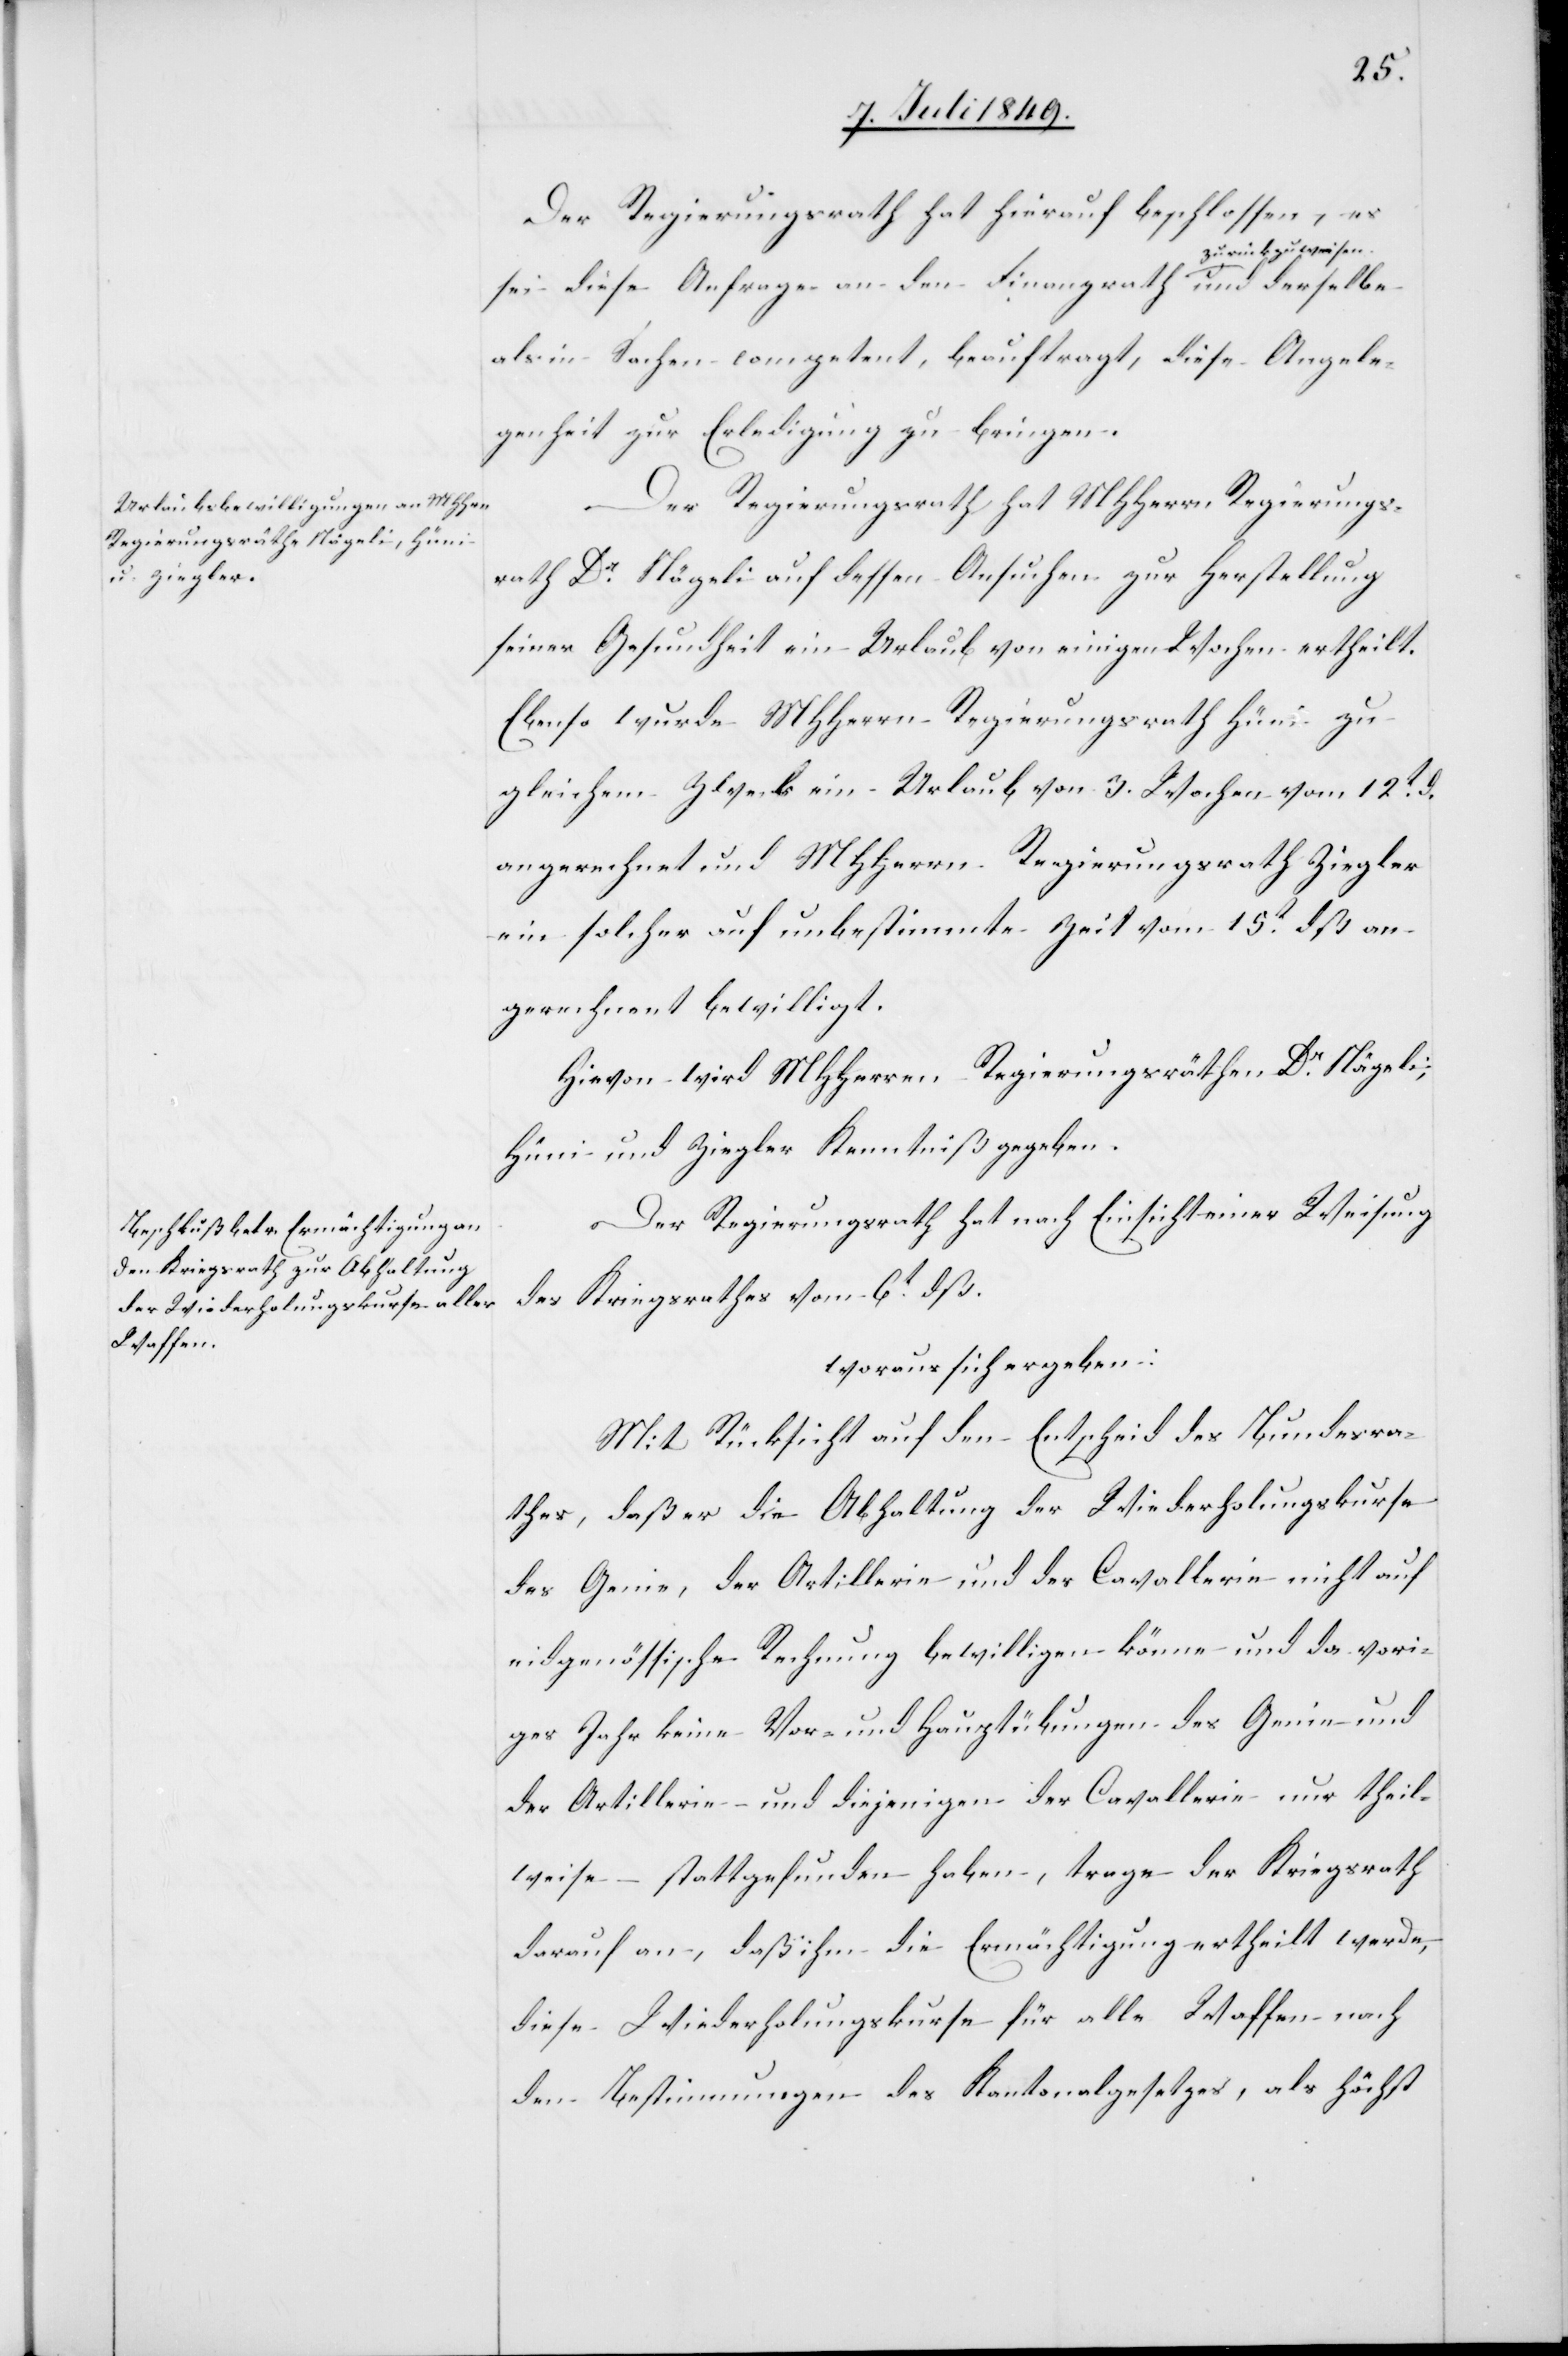
Der Regierungsrath hat hierauf beschlossen, es
sei diese Anfrage an den Finanzrath zurück zu weisen
als in Sachen competent, beauftragt, diese Angele¬
genheit zur Erledigung zu bringen.
Der Regierungsrath hat MHHerrn Regierungs¬
rath Dr Nägeli auf dessen Ansuchen zur Herstellung
seiner Gesundheit ein Urlaub von einigen Wochen ertheilt.
Ebenso wurde MHHerrn Regierungsrath Hüni zu
gleichem Zweck ein Urlaub von 3. Wochen vom 12t d.
angerechnet und MHHerrn Regierungsrath Ziegler
ein solcher auf unbestimmte Zeit vom 15t dß an¬
gerechnet bewilligt.
Hievon wird MHHerrn Regierungsräthen Dr Nägeli;
Hüni und Ziegler Kenntniß gegegeben.
Der Regierungsrath hat nach Einsicht einer Weisung
des Kriegsrathes vom 6t dß.
woraus sich ergeben:
Mit Rücksicht auf den Entscheid des Bundesra¬
thes, daß er die Abhaltung der Wiederholungskurse
des Genie, der Artillerie und der Cavallerie nicht auf
eidgenössische Rechnung bewilligen könne und da vori¬
ges Jahr keine Vor- und Hauptübungen des Genie und
der Artillerie- und diejenigen der Cavallerie nur theil¬
weise stattgefunden haben, trage der Kriegsrath
darauf an, daß ihm die Ermächtigung ertheilt werde,
diese Wiederholungskurse für alle Waffen nach
den Bestimmungen des Kantonalgesetzes, als höchst